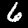
Label: 6